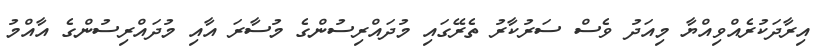
އިރާދަކުރެއްވިއްޔާ މިއަދު ވެސް ސަރުކާރު ތެރޭގައި މުދައްރިސުންގެ މުސާރަ އާއި މުދައްރިސުންގެ އާއްމު